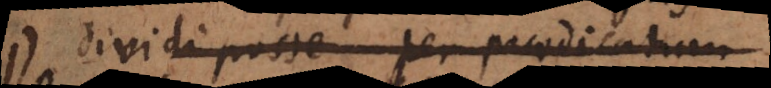
dividi posse per praedicatum